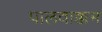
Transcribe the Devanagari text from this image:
पालवाक्कम